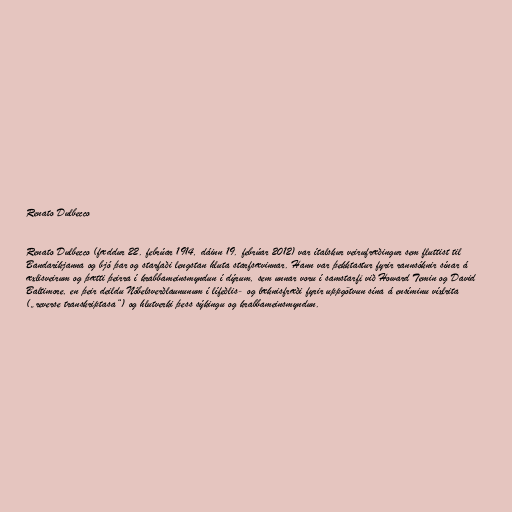
Renato Dulbecco

Renato Dulbecco (fæddur 22. febrúar 1914, dáinn 19. febrúar 2012) var ítalskur veirufræðingur sem fluttist til
Bandaríkjanna og bjó þar og starfaði lengstan hluta starfsævinnar. Hann var þekktastur fyrir rannsóknir sínar á
æxlisveirum og þætti þeirra í krabbameinsmyndun í dýrum, sem unnar voru í samstarfi við Howard Temin og David
Baltimore, en þeir deildu Nóbelsverðlaununum í lífeðlis- og læknisfræði fyrir uppgötvun sína á ensíminu víxlrita
(„reverse transkriptasa“) og hlutverki þess sýkingu og krabbameinsmyndun.